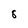
Character: 8